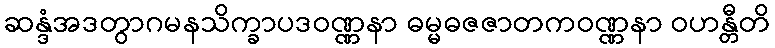
ဆန္ဒံအဒတွာဂမနသိက္ခာပဒဝဏ္ဏနာ ဓမ္မဓဇဇာတကဝဏ္ဏနာ ဝဟန္တီတိ